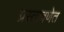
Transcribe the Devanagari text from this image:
प्रस्तावणेत